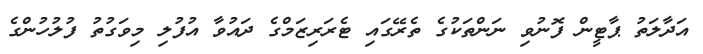
އަދާލަތު ޕާޓީން ފޮނުވި ނަންތަކުގެ ތެރޭގައި ޓެރަރިޒަމްގެ ދައުވާ އުފުލި މިވަގުތު ފުލުހުންގެ